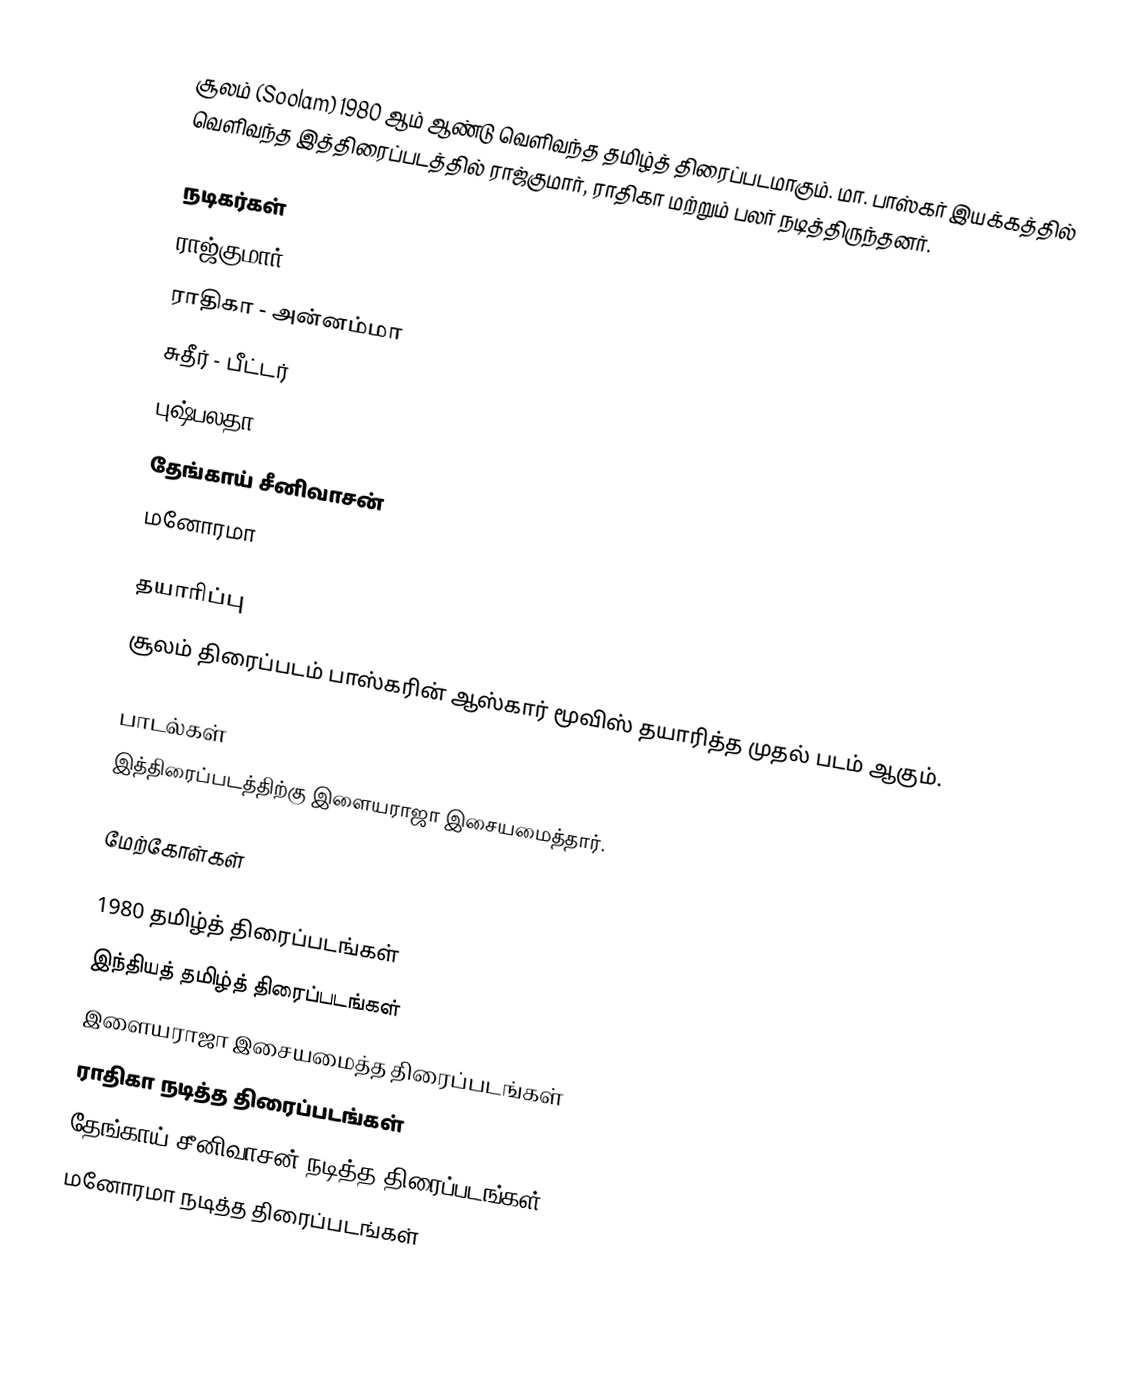
சூலம் (Soolam) 1980 ஆம் ஆண்டு வெளிவந்த தமிழ்த் திரைப்படமாகும். மா. பாஸ்கர் இயக்கத்தில் வெளிவந்த இத்திரைப்படத்தில் ராஜ்குமார், ராதிகா மற்றும் பலர் நடித்திருந்தனர்.

நடிகர்கள்
 ராஜ்குமார்
 ராதிகா - அன்னம்மா
 சுதீர் - பீட்டர்
 புஷ்பலதா
 தேங்காய் சீனிவாசன்
 மனோரமா

தயாரிப்பு
சூலம் திரைப்படம் பாஸ்கரின் ஆஸ்கார் மூவிஸ் தயாரித்த முதல் படம் ஆகும்.

பாடல்கள்
இத்திரைப்படத்திற்கு இளையராஜா இசையமைத்தார்.

மேற்கோள்கள்

1980 தமிழ்த் திரைப்படங்கள்
இந்தியத் தமிழ்த் திரைப்படங்கள்
இளையராஜா இசையமைத்த திரைப்படங்கள்
ராதிகா நடித்த திரைப்படங்கள்
தேங்காய் சீனிவாசன் நடித்த திரைப்படங்கள்
மனோரமா நடித்த திரைப்படங்கள்